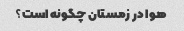
هوا در زمستان چگونه است؟